Civil Veterinary Dept. Bombay admin report 1900-1906 - 1900-1906
Year: 1900
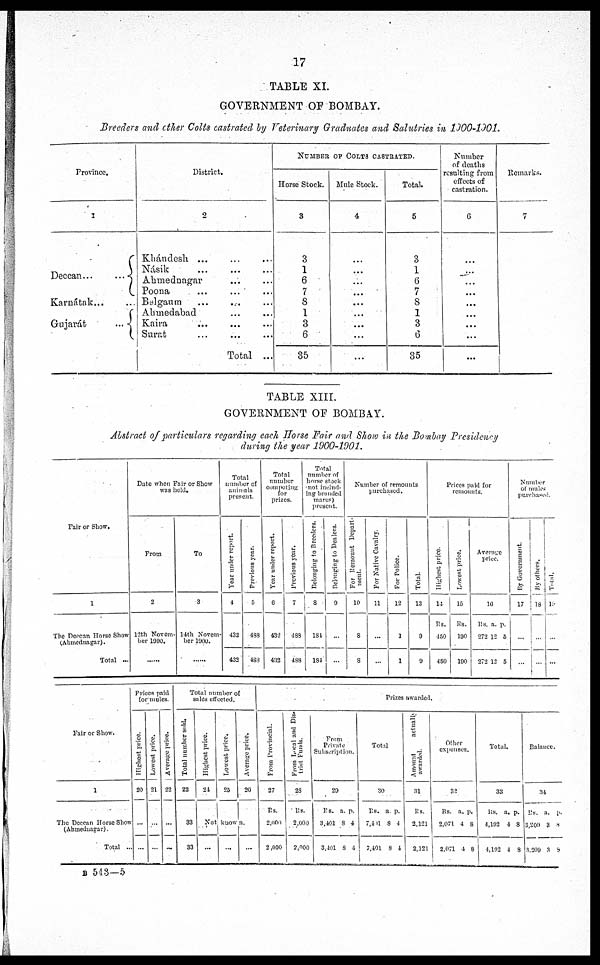
17
TABLE XI.
GOVERNMENT OF BOMBAY.
Breeders and other Colts castrated by Veterinary Graduates and Salutries in 1900-1901.
Province.
1
Deccan ...
...
Karnátak ... ...
Gujarát
...
District.
2
Khándesh .. .... ...
Násik ... ... ...
Ahmeduagar ... ...
Poona
Belgaum ... ... ...
Ahmedabad ... ...
Kaira ... ... ...
Surat ... ... ...
Total ...
NUMBER OF COLTS CASTRATED.
Horse Stock.
3
3
1
6
7
8
1
3
6
35
Mule Stock.
4
...
...
...
...
...
...
...
...
...
Total.
5
3
1
6
7
8
1
3
6
35
Number
of deaths
resulting from
effects of
castration.
6
...
...
...
...
...
...
...
...
...
Remarks.
7
TABLE XIII.
GOVERNMENT OF BOMBAY.
Abstract of particulars regarding each Horse Fair and Show in the Bombay Presidency
during the year 1900-1901.
Fair or Show.
1
The Deccan Horse Show
(Ahmednagar).
Total ...
Date when Fair or Show
was held.
From
2
12th Novem-
ber 1900.
To
3
14th Novem-
ber 1900.
Total
number of
animals
present.
Year under report.
4
432
432
Previous year.
5
488
488
Total
number
competing
for
prizes.
Year under report.
6
432
432
Previous year.
7
488
488
Total
number of
horse stock
not
includ-
ing branded
mares)
present.
Belonging
to Breeders.
8
184
184
Belonging to Dealers.
9
...
...
Number of remounts
purchased.
For Remount Depart-
ment.
10
8
8
For Native Cavalry.
11
...
...
For Police.
12
1
1
Total.
13
9
9
Prices paid for
remounts.
Highest price.
14
Rs.
450
450
Lowest price.
15
Rs.
190
190
Average
price.
16
Rs.
272
272
a.
12
12
p.
5
5
Number
of mules-
purchased.
By Government.
17
...
...
By others.
18
Total.
19
Fair or Show.
1
The Deccan Horse Show
(Ahmednagar).
Total ...
Prices paid
for mules.
Highest price.
20
...
Lowest price.
21
...
...
Average price.
22
...
...
Total number of
sales effected.
Total number sold.
23
33
33
Highest price.
24
Lowest price.
25
Average price.
26
Not known.
...
... ...
Prizes awarded.
From Provincial.
27
Rs.
2,000
2,000
From Local and Dis-
trict Funds.
23
Rs.
2,000
2,000
From
Private
Subscription.
29
Rs.
3,401
3,401
a.
8
8
p.
4
4
Total.
30
Rs.
7,401
7,401
a.
8
8
p.
4
4
Amount
actually
awarded.
31
Rs.
2,121
2,121
Other
expenses.
32
Rs.
2,071
2,071
a.
4
4
p.
8
8
Total.
33
Rs.
4,192
1,192
a.
4
4
p.
8
8
Balance.
34
Rs.
3,209
3,209
a.
3
3
p.
8
8
B 543—5